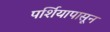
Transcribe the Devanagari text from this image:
पर्शियापासून